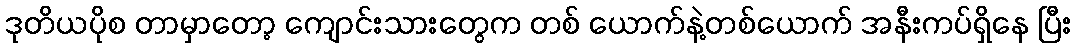
ဒုတိယပိုစ တာမှာတော့ ကျောင်းသားတွေက တစ် ယောက်နဲ့တစ်ယောက် အနီးကပ်ရှိနေ ပြီး